Report of an investigation of the epidemic of malarial fever in Assam, or, kala-azar
Disease focus: Malaria
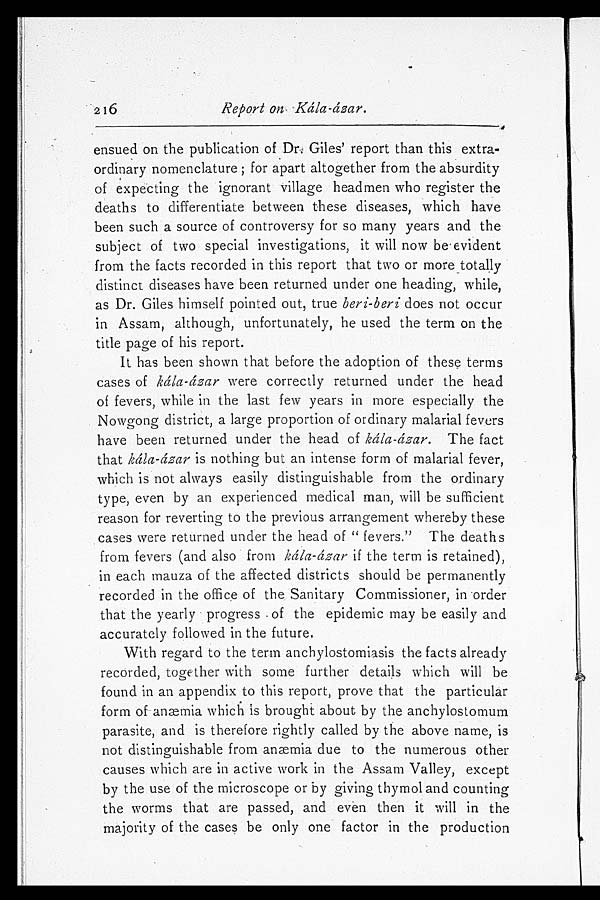
216 Report on Kála-ázar.
ensued on the publication of Dr. Giles' report than this extra-
ordinary nomenclature; for apart altogether from the absurdity
of expecting the ignorant village headmen who register the
deaths to differentiate between these diseases, which have
been such a source of controversy for so many years and the
subject of two special investigations, it will now be evident
from the facts recorded in this report that two or more totally
distinct diseases have been returned under one heading, while,
as Dr. Giles himself pointed out, true beri-beri does not occur
in Assam, although, unfortunately, he used the term on the
title page of his report.
It has been shown that before the adoption of these terms
cases of kála-ázar were correctly returned under the head
of fevers, while in the last few years in more especially the
Nowgong district, a large proportion of ordinary malarial fevers
have been returned under the head of kála-ázar. The fact
that kála-ázar is nothing but an intense form of malarial fever,
which is not always easily distinguishable from the ordinary
type, even by an experienced medical man, will be sufficient
reason for reverting to the previous arrangement whereby these
cases were returned under the head of "fevers." The deaths
from fevers (and also from kála-ázar if the term is retained),
in each mauza of the affected districts should be permanently
recorded in the office of the Sanitary Commissioner, in order
that the yearly progress of the epidemic may be easily and
accurately followed in the future.
With regard to the term anchylostomiasis the facts already
recorded, together with some further details which will be
found in an appendix to this report, prove that the particular
form of anæmia which is brought about by the anchylostomum
parasite, and is therefore rightly called by the above name, is
not distinguishable from anæmia due to the numerous other
causes which are in active work in the Assam Valley, except
by the use of the microscope or by giving thymol and counting
the worms that are passed, and even then it will in the
majority of the cases be only one factor in the production